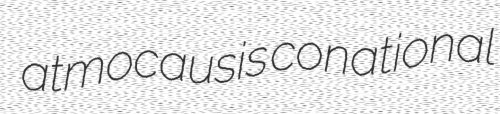
atmocausis conational